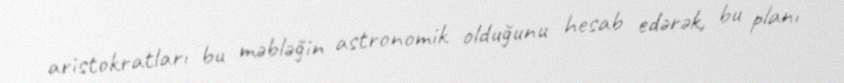
aristokratları bu məbləğin astronomik olduğunu hesab edərək, bu planı